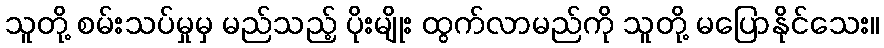
သူတို့ စမ်းသပ်မှုမှ မည်သည့် ပိုးမျိုး ထွက်လာမည်ကို သူတို့ မပြောနိုင်သေး။